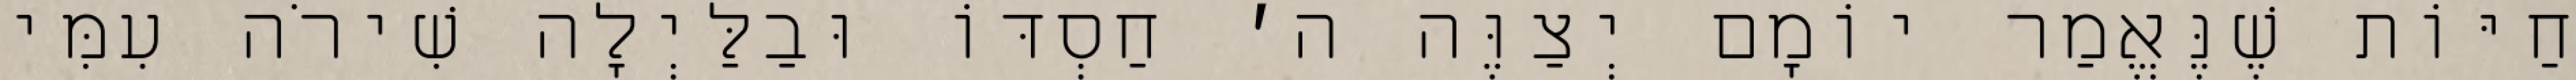
חַיּוֹת שֶׁנֶּאֱמַר יוֹמָם יְצַוֶּה ה׳ חַסְדּוֹ וּבַלַּיְלָה שִׁירֹה עִמִּי